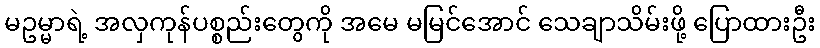
မဥမ္မာရဲ့ အလှကုန်ပစ္စည်းတွေကို အမေ မမြင်အောင် သေချာသိမ်းဖို့ ပြောထားဦး